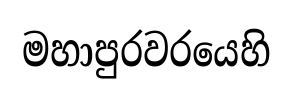
මහාපුරවරයෙහි